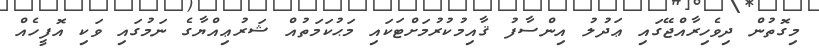
މިގޮތުން ދިވެހިރާއްޖޭގައި ޢަދުލު އިންސާފު ޤާއިމުކުރުމަށްޓަކައި މަޙުކަމަތުއް ޝަރުޢިއްޔާގެ ނަމުގައި ވަކި އޮފީހެއް